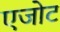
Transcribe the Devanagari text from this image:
एजोट